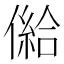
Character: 𠎨